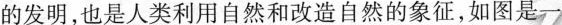
的发明，也是人类利用自然和改造自然的象征，如图是一